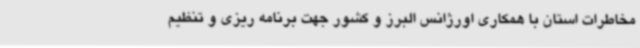
مخاطرات استان با همکاری اورژانس البرز و کشور جهت برنامه ریزی و تنظیم